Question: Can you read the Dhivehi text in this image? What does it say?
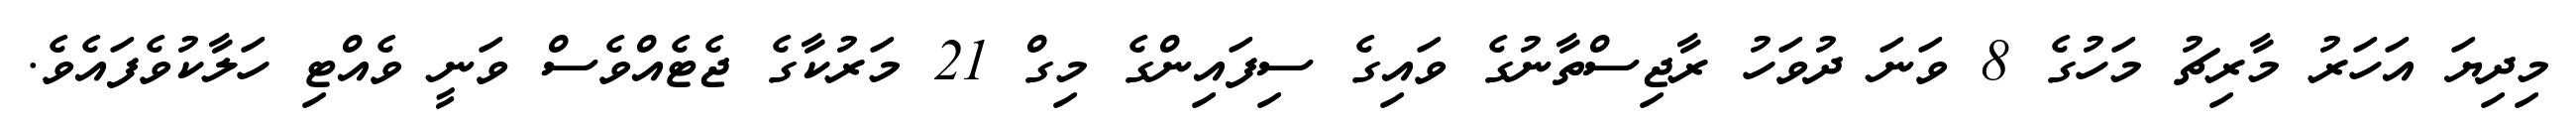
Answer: މިދިޔަ އަހަރު މާރިޗު މަހުގެ 8 ވަނަ ދުވަހު ރާޖިސްތާނުގެ ވައިގެ ސިފައިންގެ މިގް 21 މަރުކާގެ ޖެޓެއްވެސް ވަނީ ވެއްޓި ހަލާކުވެފައެވެ.